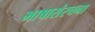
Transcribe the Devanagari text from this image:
भाषासंरचना